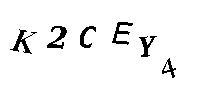
K2CEY4